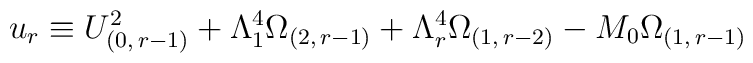
u_{r} \equiv U_{(0,\,r-1)}^{2}+\Lambda _{1}^{4}\Omega_{(2,\, r-1)}+\Lambda_{r}^{4}\Omega_{(1,\, r-2)}-M_{0} \Omega_{(1,\, r-1)}